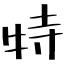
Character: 特